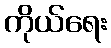
ကိုယ်ရေး